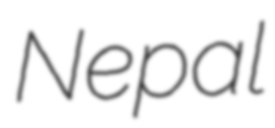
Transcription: Nepal